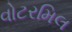
વોટરમિલ